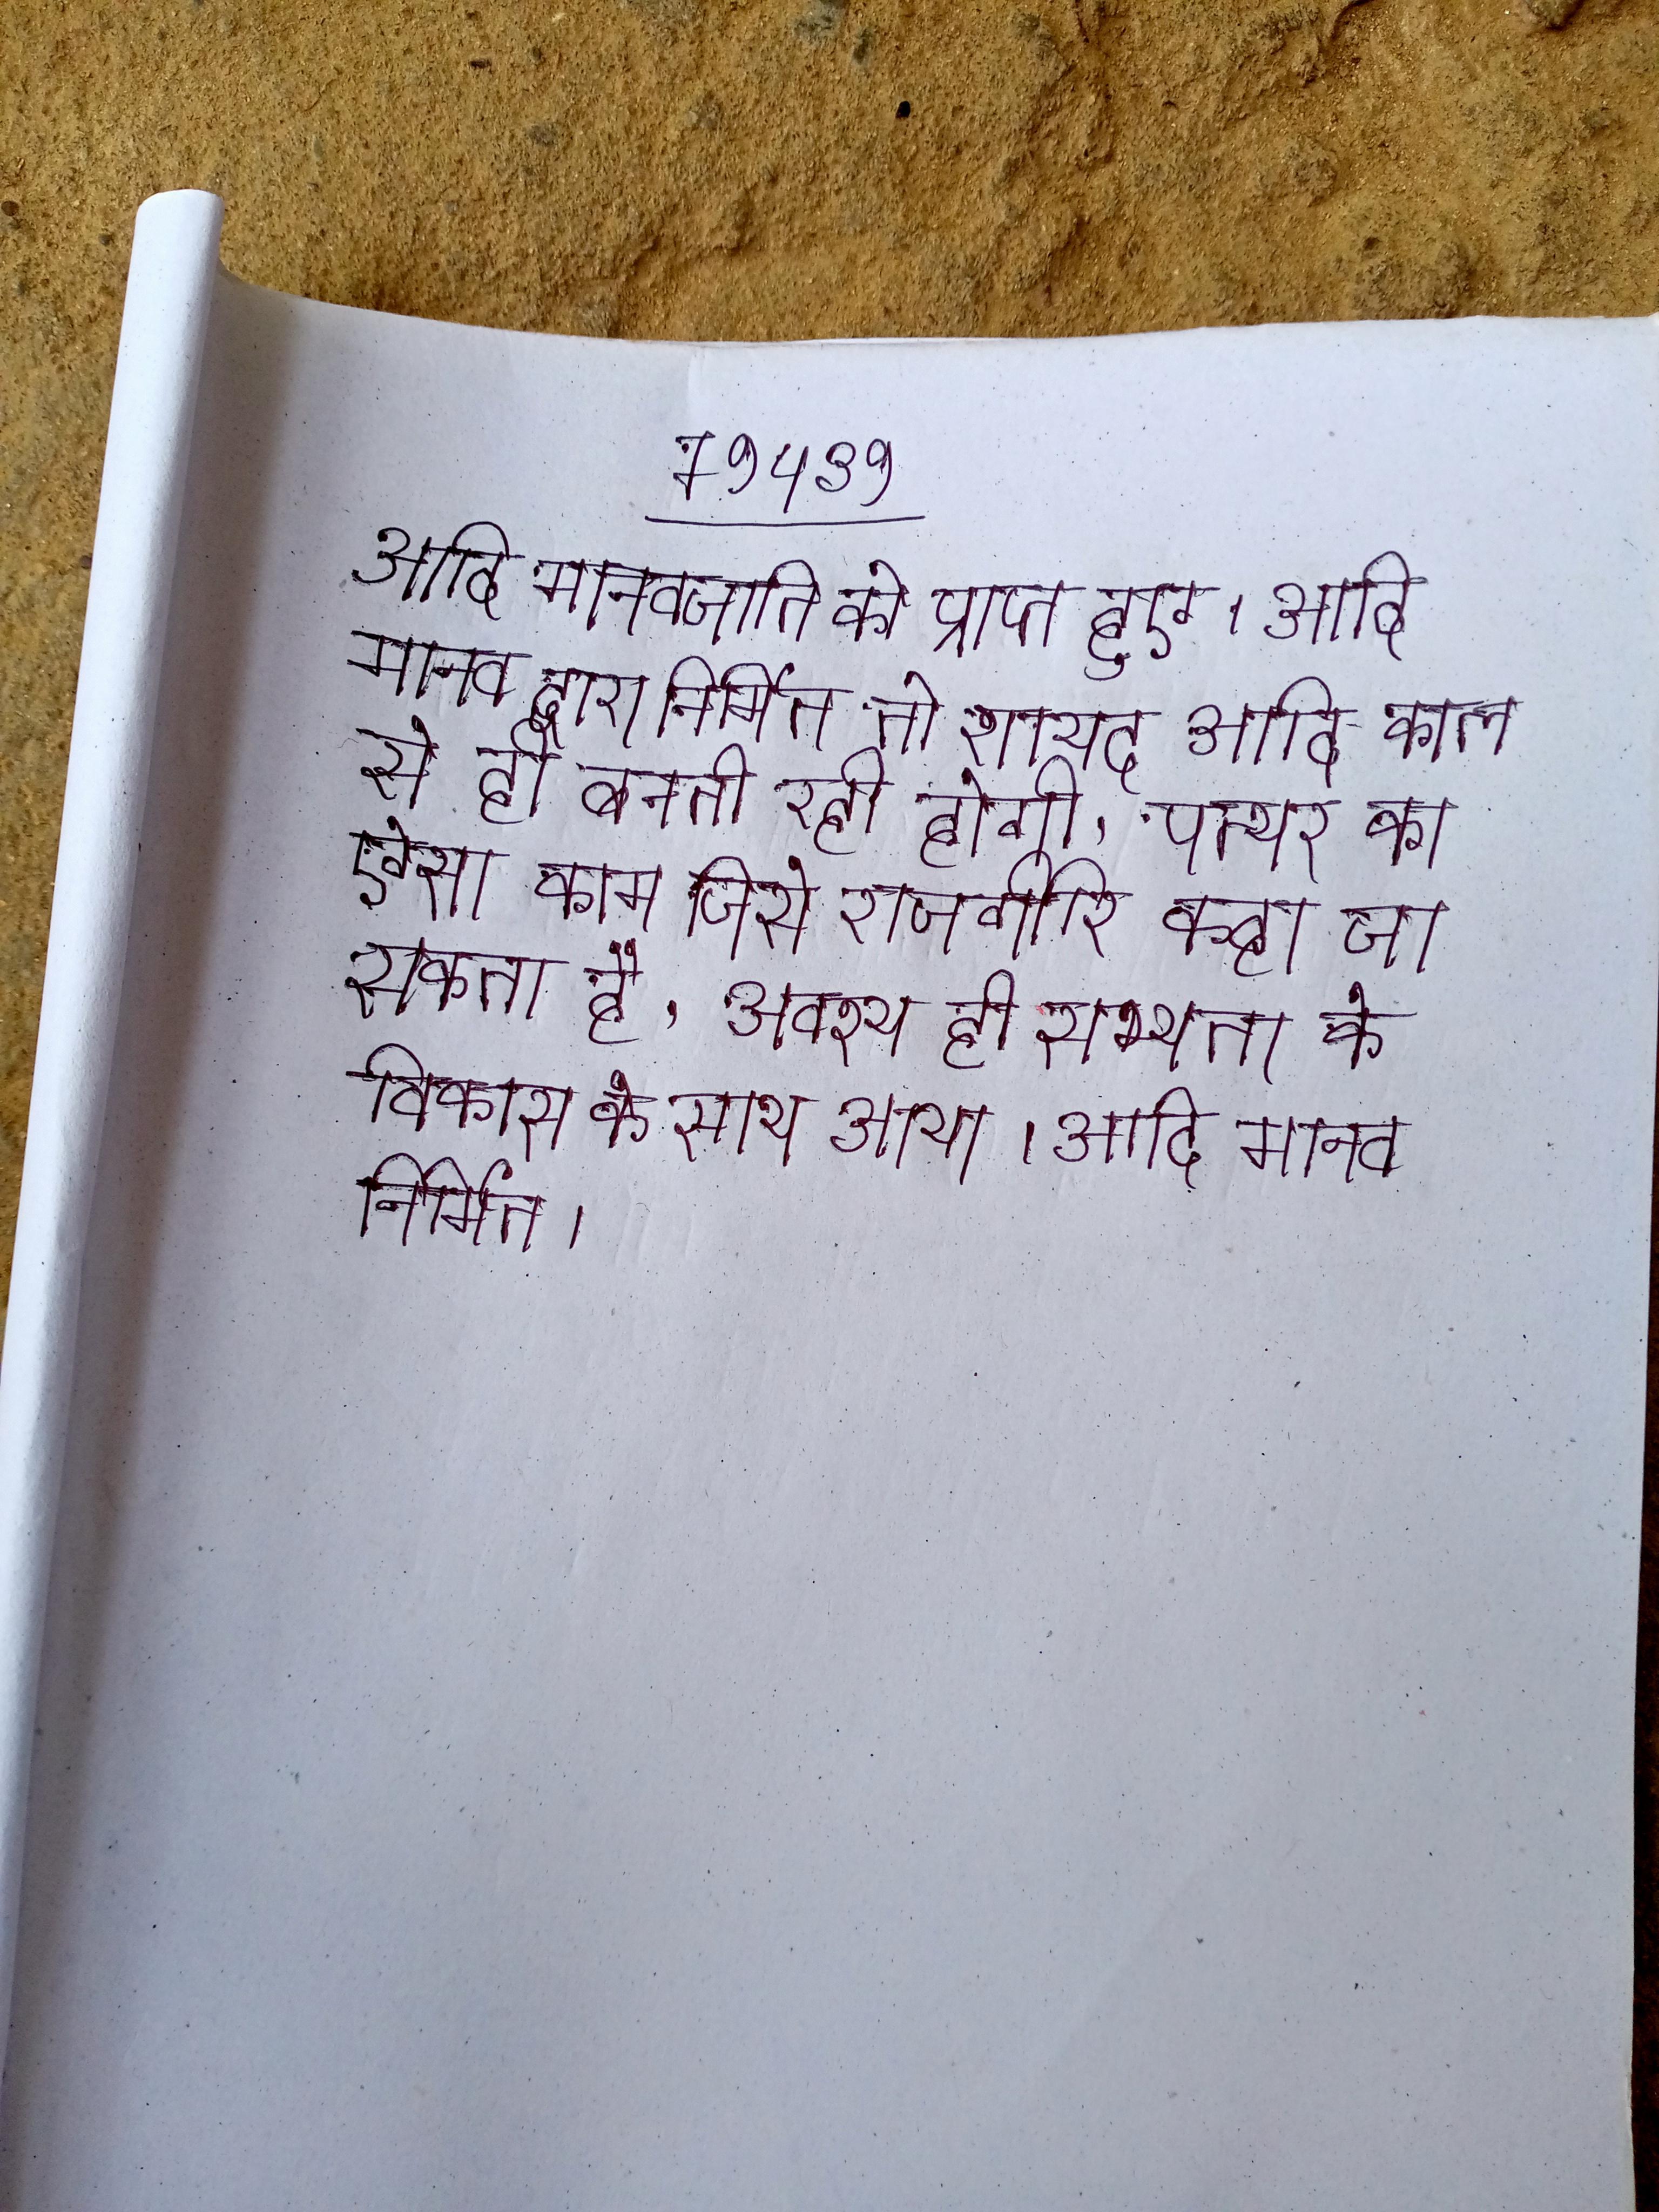
आदि मानवजाति को प्राप्त हुए । आदि मानव द्वारा निर्मित तो शायद आदि काल से ही बनती रही होगी, पत्थर का ऐसा काम जिसे राजगीरि कहा जा सकता है, अवश्य ही सभ्यता के विकास के साथ आया । आदि मानव निर्मित ।